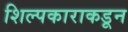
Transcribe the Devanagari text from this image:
शिल्पकाराकडून